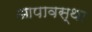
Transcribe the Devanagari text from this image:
आपावस्था